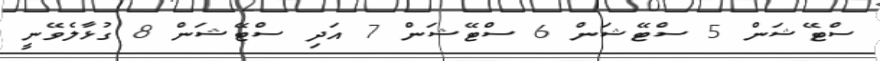
ސްޓޭޝަން 5 ސްޓޭޝަން 6 ސްޓޭޝަން 7 އަދި ސްޓޭޝަން 8 ގުޅާލެވޭނީ